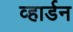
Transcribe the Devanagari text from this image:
व्हार्डन